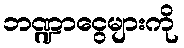
ဘဏ္ဍာငွေများကို